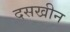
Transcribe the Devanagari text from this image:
दसखीन